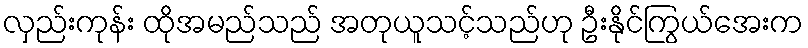
လှည်းကုန်း ထိုအမည်သည် အတုယူသင့်သည်ဟု ဦးနိုင်ကြွယ်အေးက